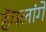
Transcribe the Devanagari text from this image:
हॅवलांगे